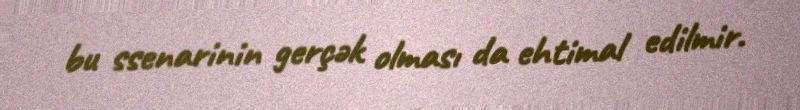
bu ssenarinin gerçək olması da ehtimal edilmir.